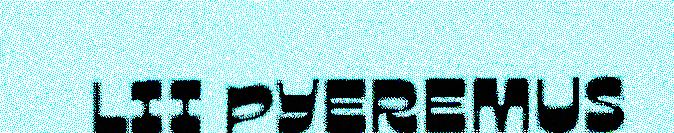
LII PYEREMUS